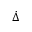
\dot { \Delta }